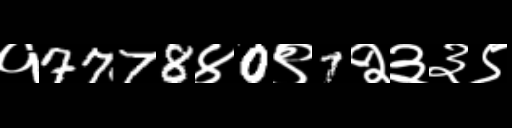
Text: १7778४0९7२३३९